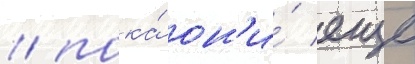
/ пока́ он'и́ еще